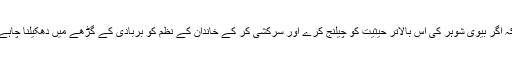
ثانیاً، قرآن مجید نے اس سے آگے بڑھ کر فرق مراتب کی بنیاد پر ہی خاوند کو یہ حق دیا ہے کہ اگر بیوی شوہر کی اس بالاتر حیثیت کو چیلنج کرے اور سرکشی کر کے خاندان کے نظم کو بربادی کے گڑھے میں دھکیلنا چاہے تو وعظ ونصیحت کے بعد شوہر اپنی بیوی کو مناسب جسمانی تادیب کا اختیار بھی رکھتا ہے۔